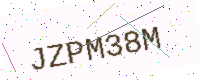
Text: JZPM38M